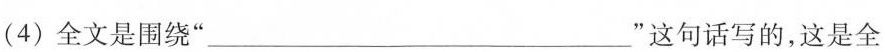
(4)全文是围绕“____________”这句话写的，这是全